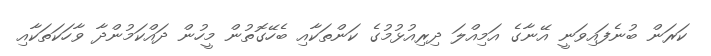
ކަރަން ބުނެފައިވަނީ އޭނާގެ އަމިއްލަ ދިރިއުޅުމުގެ ކަންތަކާއި ބެހޭގޮތުން މީހުން ދައްކަމުންދާ ވާހަކަތަކާއި